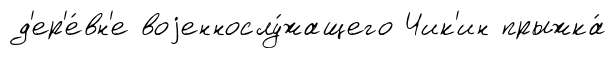
д'ер'е́вн'е воjеннослу́жащего Чик'ин прыжка́